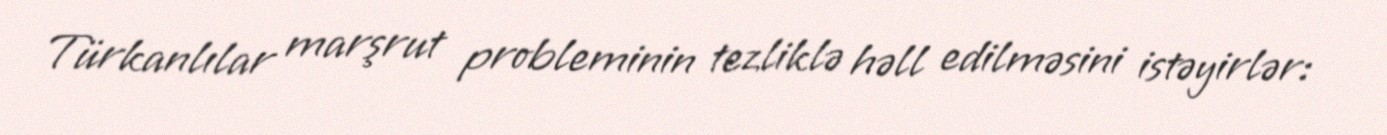
Türkanlılar marşrut probleminin tezliklə həll edilməsini istəyirlər: